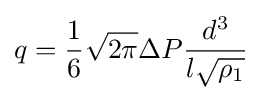
q={\frac {1}{6}}{\sqrt {2\pi }}\Delta P{\frac {d^{3}}{l{\sqrt {\rho _{1}}}}}